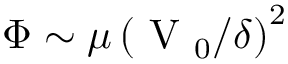
\Phi \sim \mu \left( { \mathrm { ~ V ~ } _ { 0 } } / { \delta } \right) ^ { 2 }